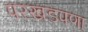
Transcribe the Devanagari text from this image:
परखडपणा